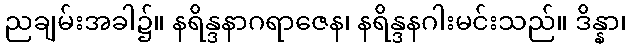
ညချမ်းအခါ၌။ နရိန္ဒနာဂရာဇေန၊ နရိန္ဒနဂါးမင်းသည်။ ဒိန္နာ၊